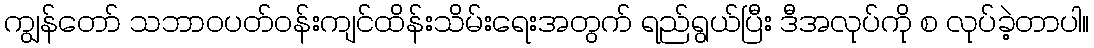
ကျွန်တော် သဘာဝပတ်ဝန်းကျင်ထိန်းသိမ်းရေးအတွက် ရည်ရွယ်ပြီး ဒီအလုပ်ကို စ လုပ်ခဲ့တာပါ။